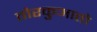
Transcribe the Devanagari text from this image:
तोरकुआतो